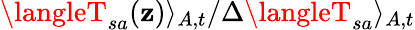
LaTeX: \langleT_{sa}(\mathbf{z})\rangle_{A,t}/\Delta\langleT_{sa}\rangle_{A,t}